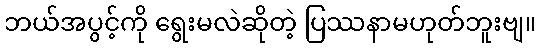
ဘယ်အပွင့်ကို ရွေးမလဲဆိုတဲ့ ပြဿနာမဟုတ်ဘူးဗျ။